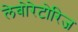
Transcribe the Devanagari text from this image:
लेबोरेटोरिज